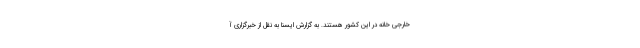
خارجی خانه در این کشور هستند. به گزارش ایسنا به نقل از خبرگزاری آ